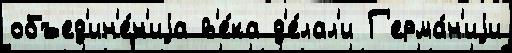
объед'ин'е́н'иjа в'е́ка д'е́лал'и Г'ерма́н'иjи